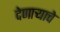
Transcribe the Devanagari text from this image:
देणाऱ्याचे